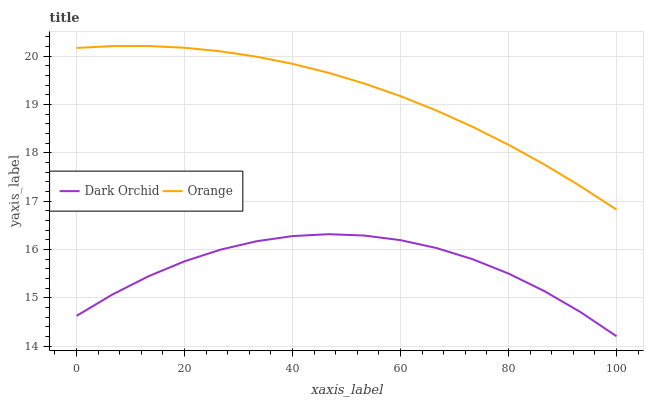
| xaxis_label | Dark Orchid | Orange |
 | --- | --- | --- |
 | 0 | 14.6 | 20.2 |
 | 6.67 | 15.1 | 20.2 |
 | 13.3 | 15.4 | 20.2 |
 | 20 | 15.8 | 20.2 |
 | 26.7 | 16 | 20.1 |
 | 33.3 | 16.2 | 20 |
 | 40 | 16.3 | 19.8 |
 | 46.7 | 16.3 | 19.7 |
 | 53.3 | 16.3 | 19.4 |
 | 60 | 16.2 | 19.2 |
 | 66.7 | 16 | 18.9 |
 | 73.3 | 15.8 | 18.5 |
 | 80 | 15.5 | 18.2 |
 | 86.7 | 15.1 | 17.8 |
 | 93.3 | 14.7 | 17.3 |
 | 100 | 14.2 | 16.8 |